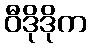
ဝီဒိုဒိုက